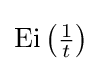
\operatorname {Ei} \left({\tfrac {1}{t}}\right)